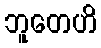
ဘူတေဟိ